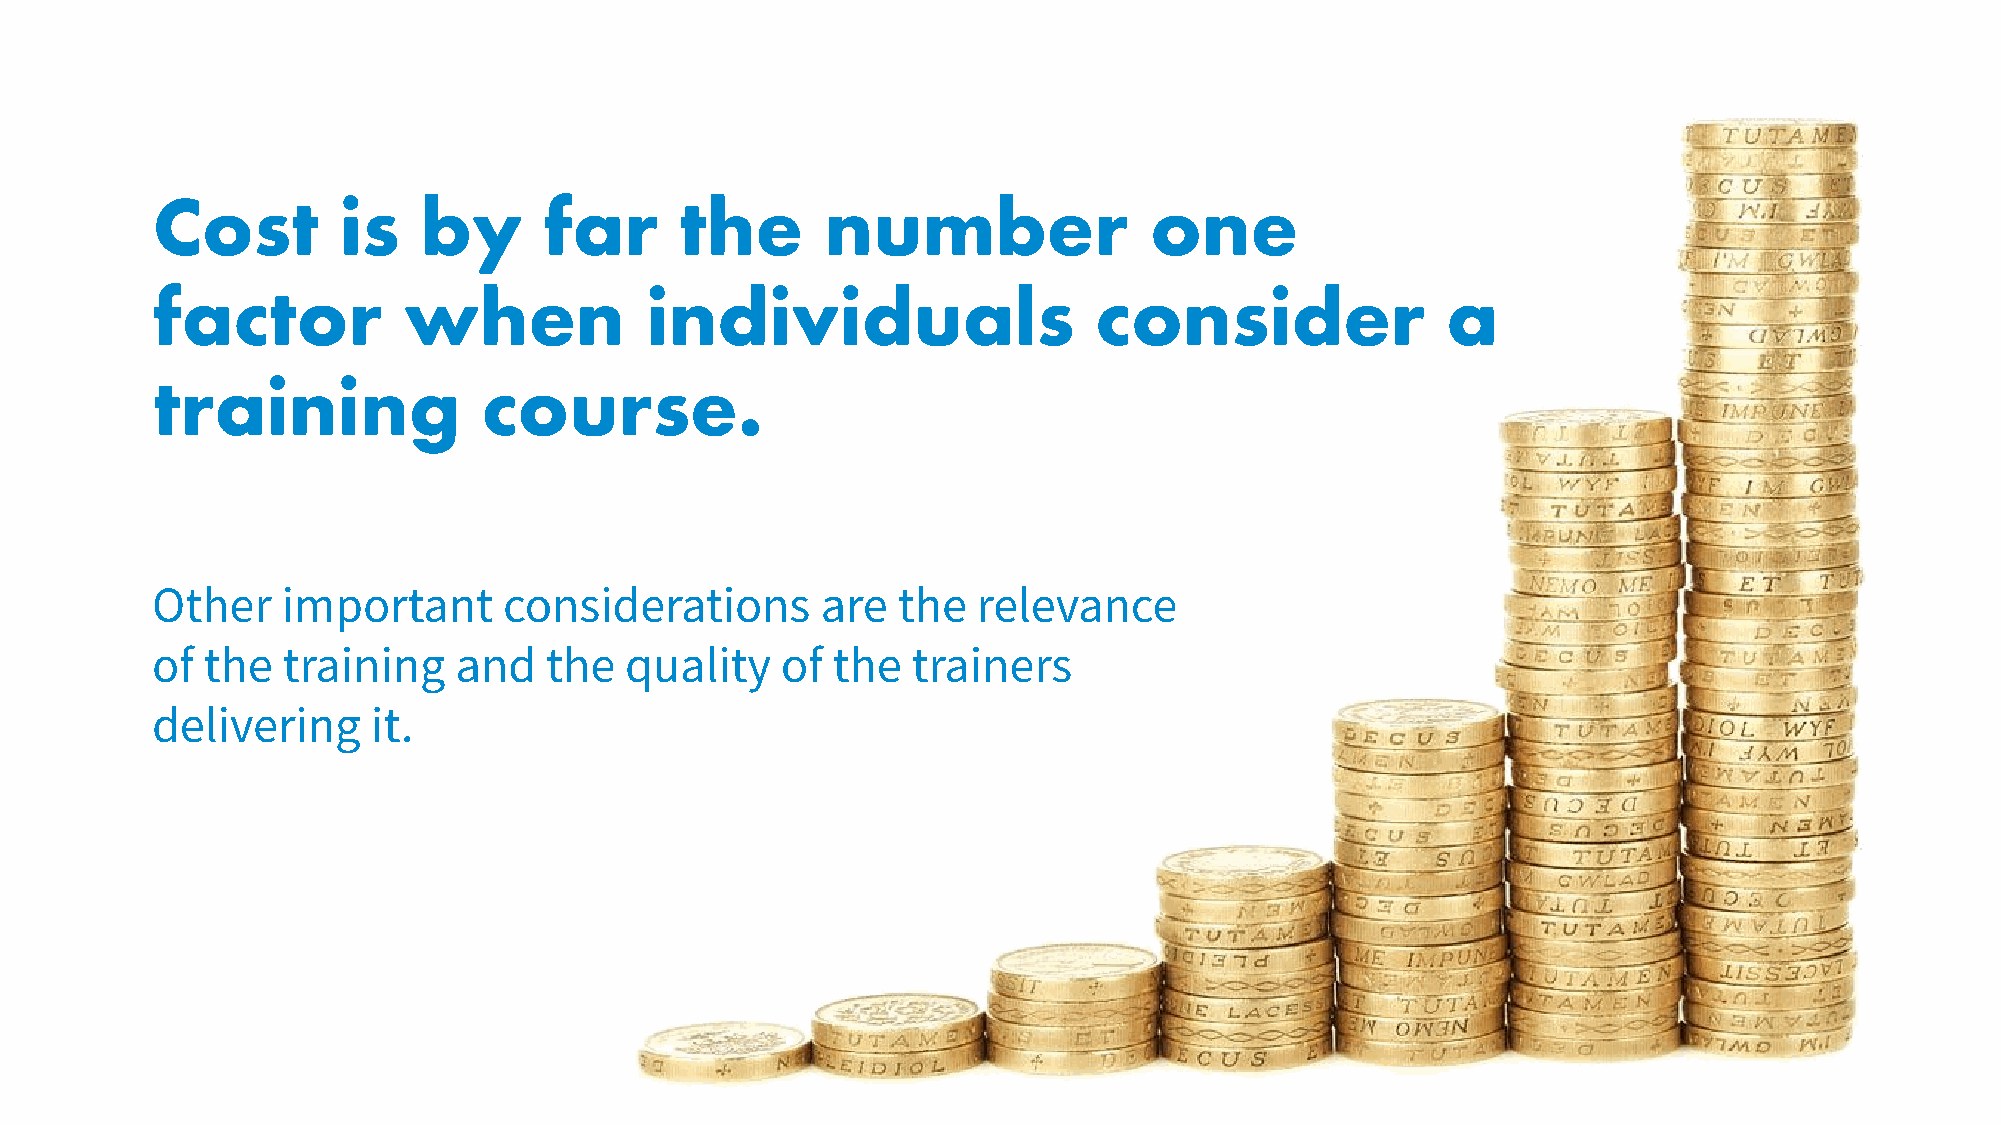
Cost        is    by      far      the       number               one
 factor           when            individuals                  consider                a
 training              course.